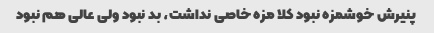
پنیرش خوشمزه نبود کلا مزه خاصی نداشت، بد نبود ولی عالی هم نبود